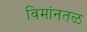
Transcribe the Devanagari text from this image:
विमांनतळ